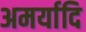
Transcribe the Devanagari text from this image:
अमर्यादि